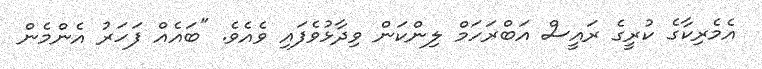
އެމެރިކާގެ ކުރީގެ ރައީސް އަބްރަހަމް ލިންކަން ވިދާޅުވެފައި ވެއެވެ. "ބައެއް ފަހަރު އެންމެން